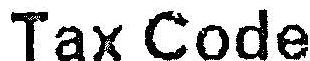
TAX CODE